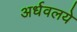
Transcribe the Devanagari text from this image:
अर्धवलये